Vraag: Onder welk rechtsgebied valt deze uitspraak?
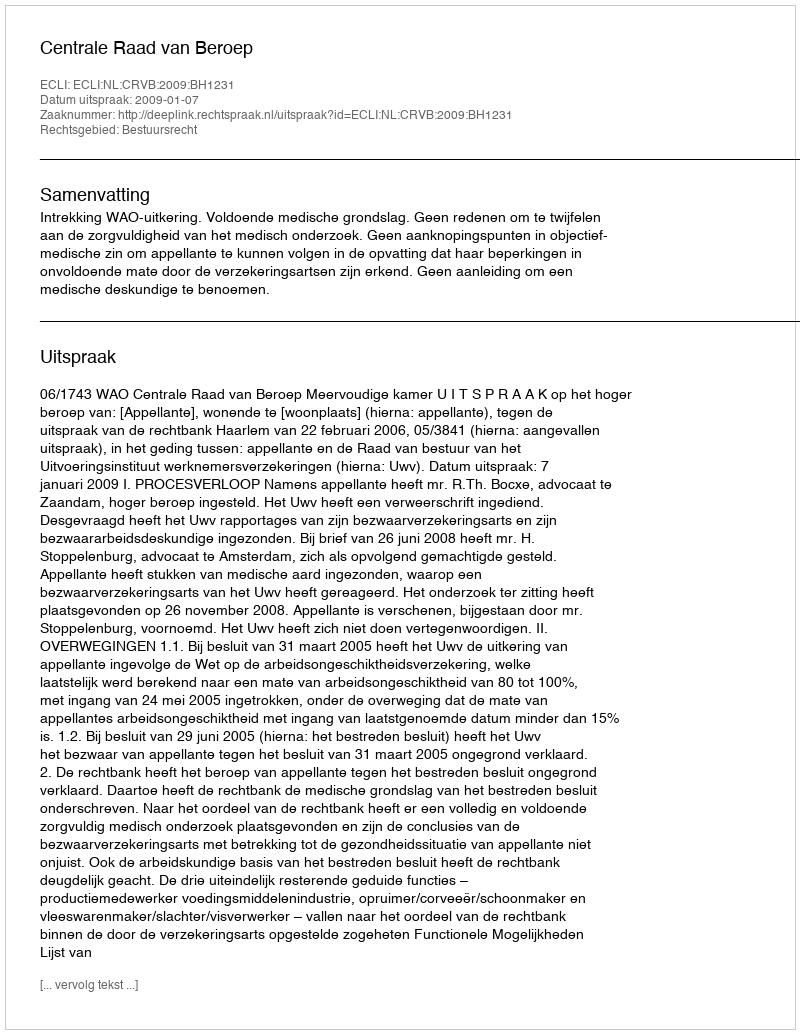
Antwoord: Bestuursrecht